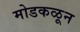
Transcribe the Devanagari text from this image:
मोडकळून